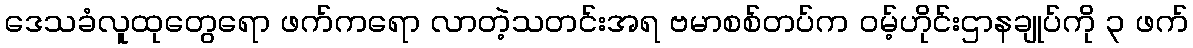
ဒေသခံလူထုတွေရော ဖက်ကရော လာတဲ့သတင်းအရ ဗမာစစ်တပ်က ဝမ့်ဟိုင်းဌာနချုပ်ကို ၃ ဖက်